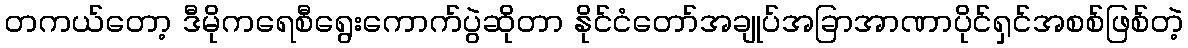
တကယ်တော့ ဒီမိုကရေစီရွေးကောက်ပွဲဆိုတာ နိုင်ငံတော်အချုပ်အခြာအာဏာပိုင်ရှင်အစစ်ဖြစ်တဲ့